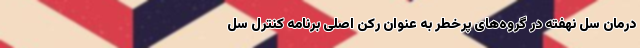
درمان سل نهفته در گروه‌های پرخطر به عنوان رکن اصلی برنامه کنترل سل